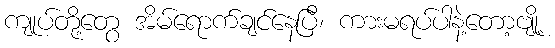
ကျုပ်တို့တွေ အိမ်ရောက်ချင်နေပြီ၊ ကားမရပ်ပါနဲ့တော့ဗျို့